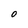
Character: O